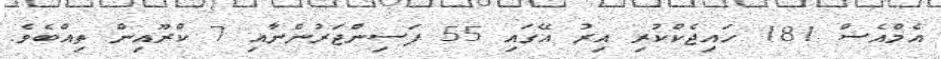
އެމްއެސް 181 ހައިޖެކްކުރި އިރު އޭގައި 55 ފަސިންޖަރުންނާއި 7 ކްރޫއިން ތިއްބެވެ.